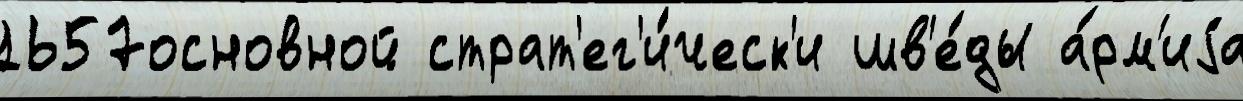
1657основной страт'ег'и́ческ'и шв'е́ды а́рм'иjа